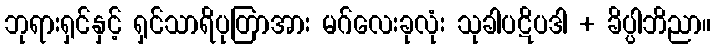
ဘုရားရှင်နှင့် ရှင်သာရိပုတြာအား မဂ်လေးခုလုံး သုခါပဋိပဒါ + ခိပ္ပါဘိညာ။